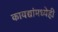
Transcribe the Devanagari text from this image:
कायद्यांमध्येही